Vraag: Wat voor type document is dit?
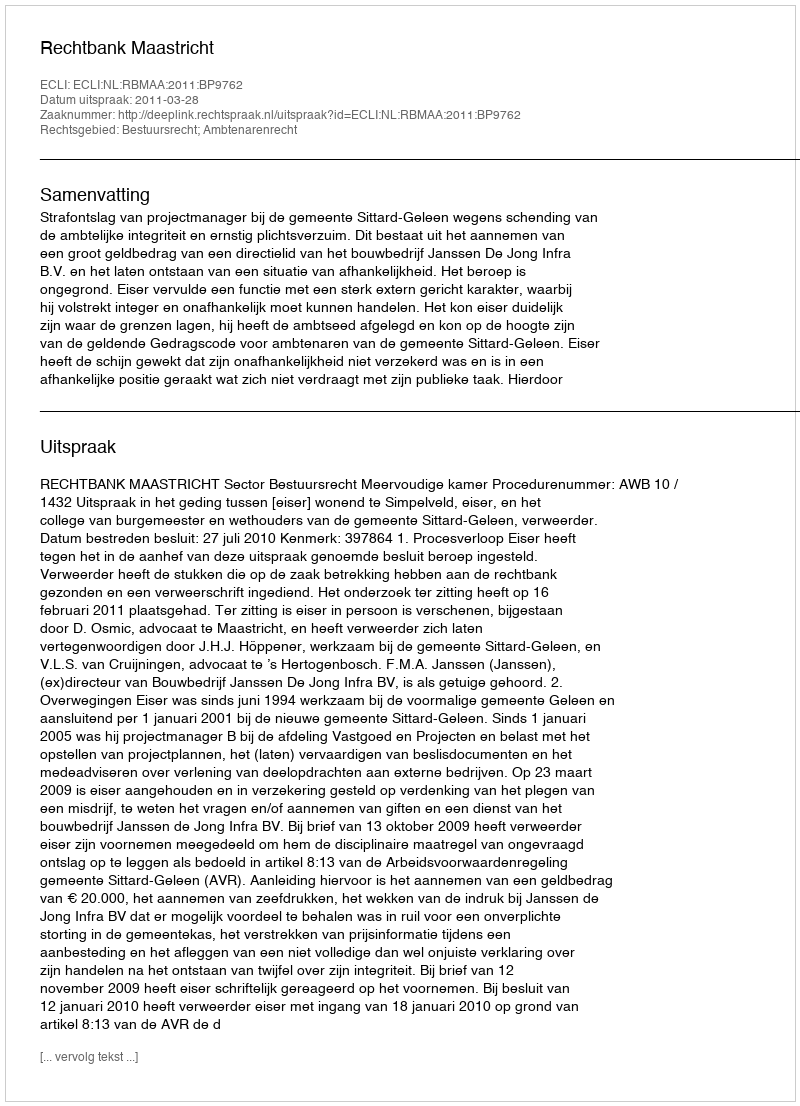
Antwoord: Uitspraak